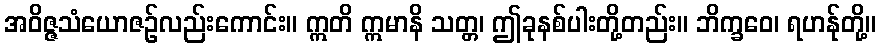
အဝိဇ္ဇသံယောဇဉ်လည်းကောင်း။ ဣတိ ဣမာနိ သတ္တ၊ ဤခုနစ်ပါးတို့တည်း။ ဘိက္ခဝေ၊ ရဟန်ုတို့။